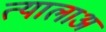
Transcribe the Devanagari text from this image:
त्यालाअ